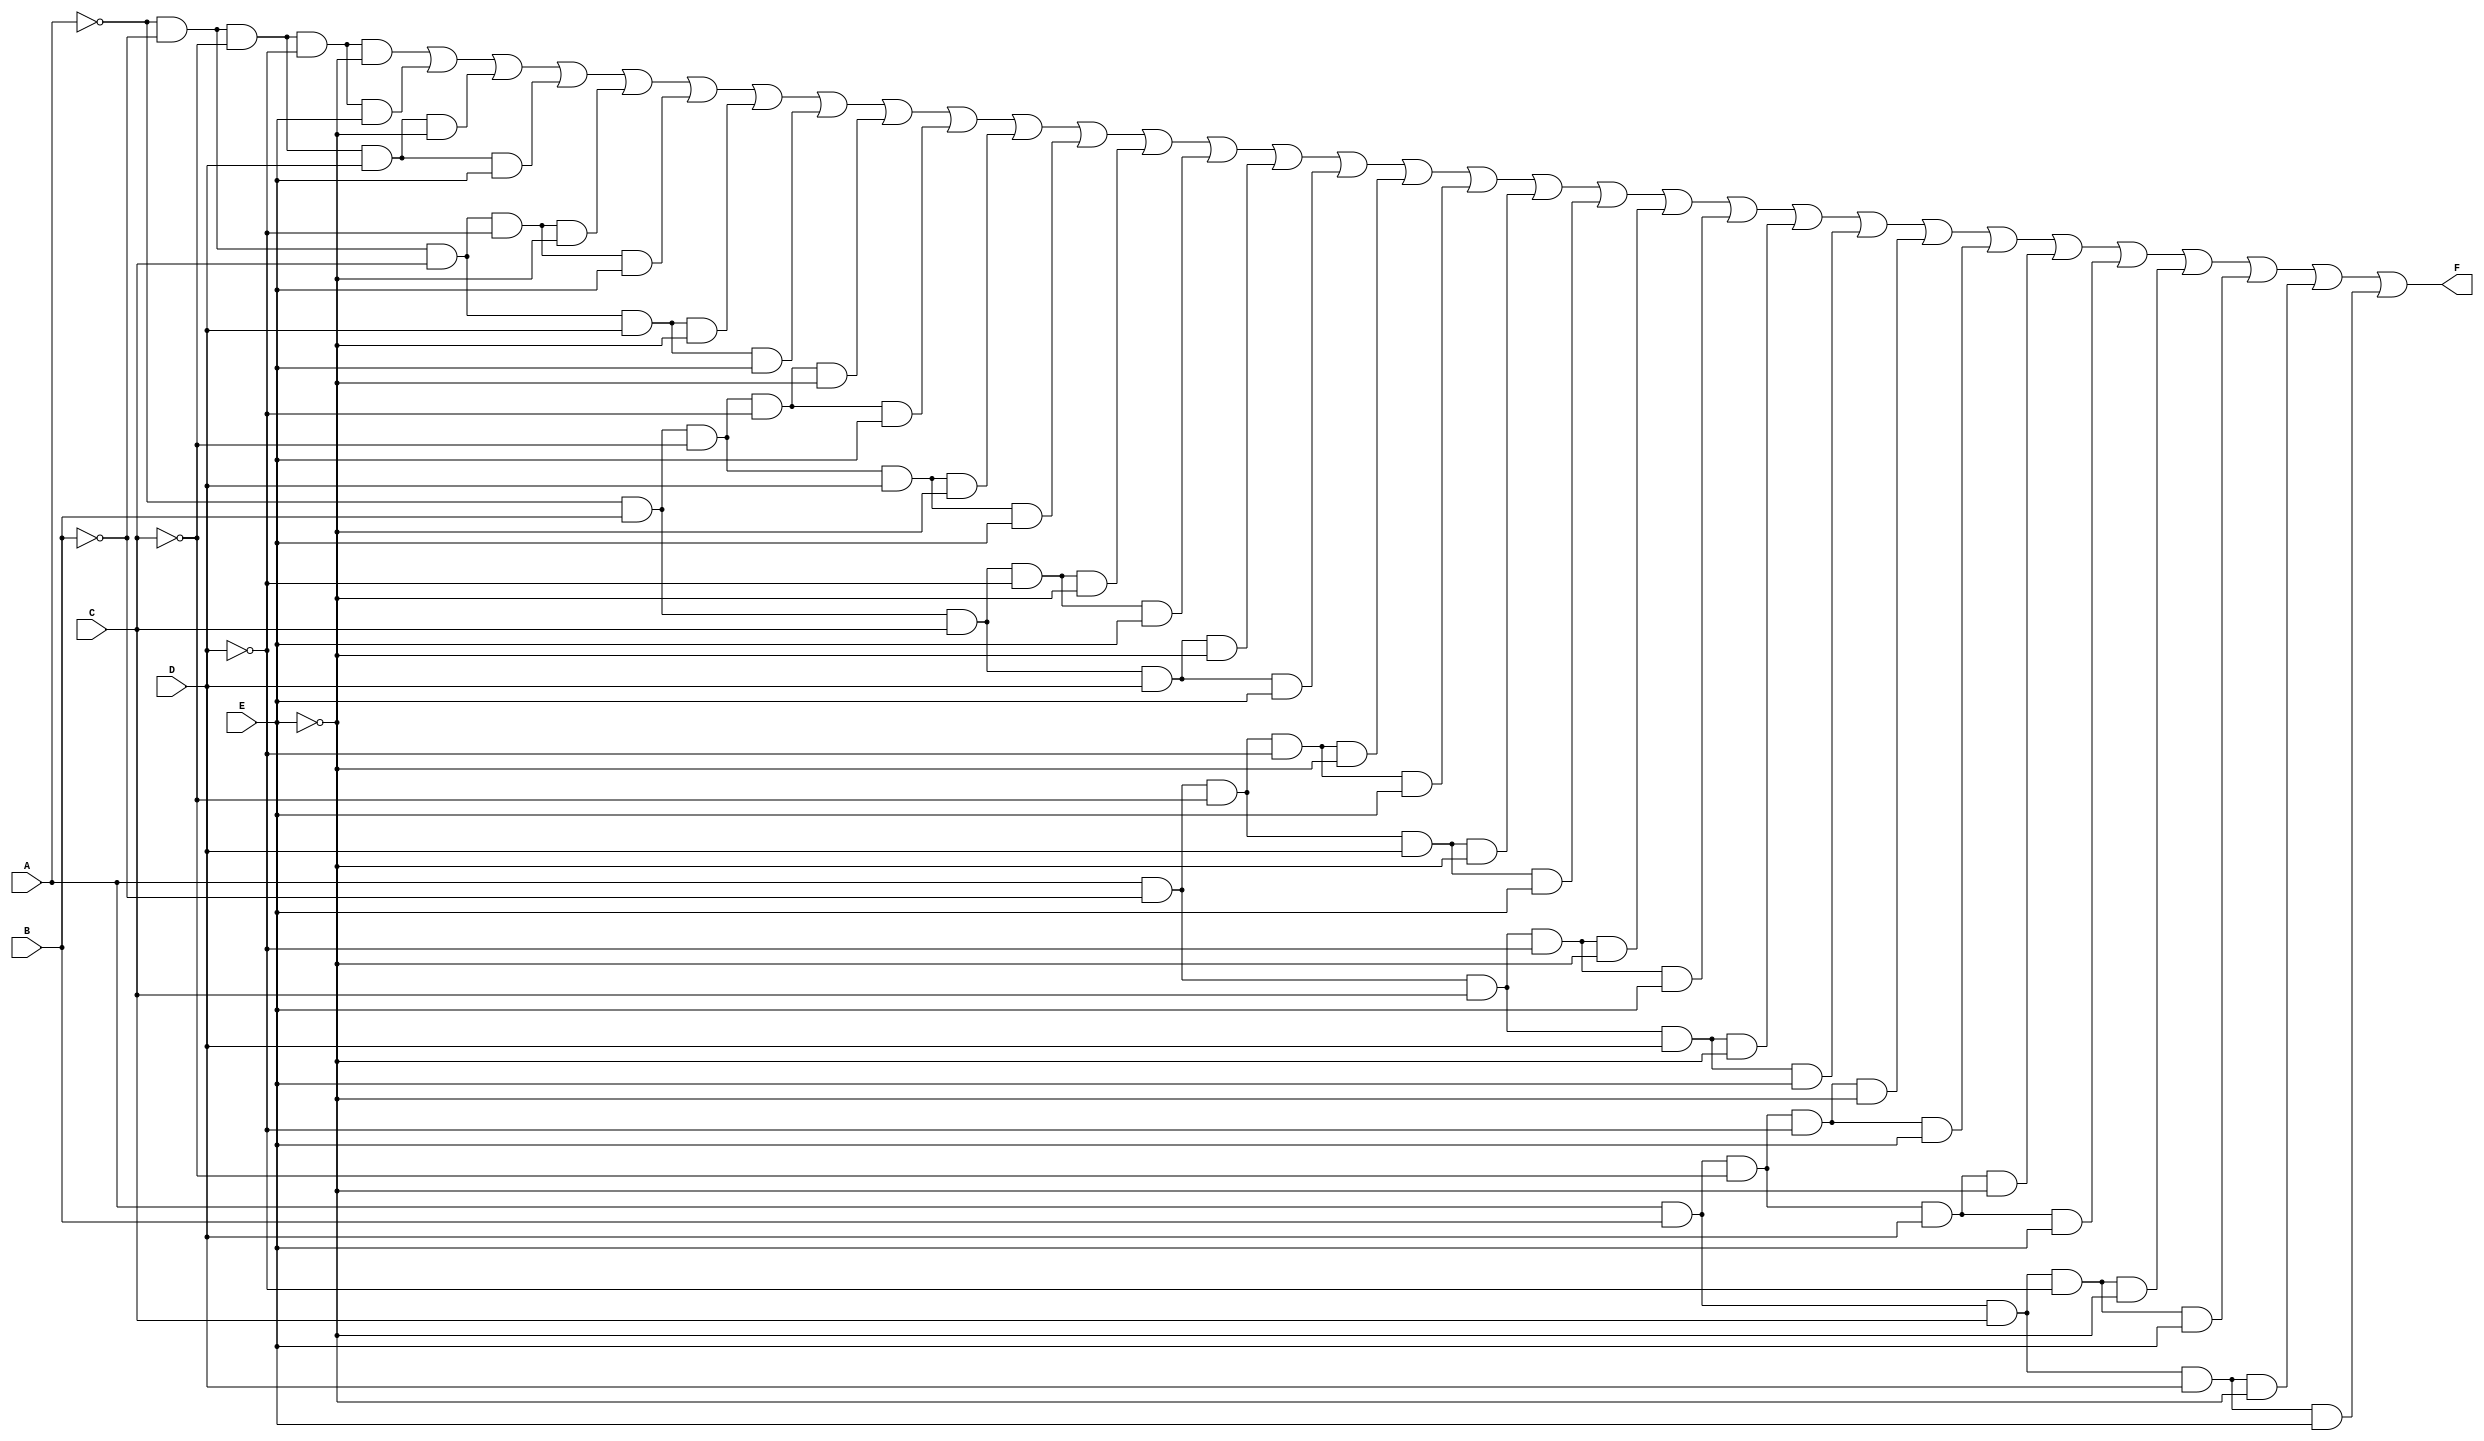
module five_variable_kmap (
    input wire A,  // 1st input variable
    input wire B,  // 2nd input variable
    input wire C,  // 3rd input variable
    input wire D,  // 4th input variable
    input wire E,  // 5th input variable
    output wire F  // Output
);
    // Internal wire to hold the result of the K-map simplification
    wire m0, m1, m2, m3, m4, m5, m6, m7;
    wire m8, m9, m10, m11, m12, m13, m14, m15;
    wire m16, m17, m18, m19, m20, m21, m22, m23;
    wire m24, m25, m26, m27, m28, m29, m30, m31;

    // Define minterms based on the K-map grouping
    assign m0 = ~A & ~B & ~C & ~D & ~E;  // 0
    assign m1 = ~A & ~B & ~C & ~D & E;   // 1
    assign m2 = ~A & ~B & ~C & D & ~E;   // 2
    assign m3 = ~A & ~B & ~C & D & E;    // 3
    assign m4 = ~A & ~B & C & ~D & ~E;   // 4
    assign m5 = ~A & ~B & C & ~D & E;    // 5
    assign m6 = ~A & ~B & C & D & ~E;    // 6
    assign m7 = ~A & ~B & C & D & E;     // 7
    // Continue defining minterms...
    assign m8  = ~A & B & ~C & ~D & ~E;  // 8
    assign m9  = ~A & B & ~C & ~D & E;   // 9
    assign m10 = ~A & B & ~C & D & ~E;   // 10
    assign m11 = ~A & B & ~C & D & E;    // 11
    assign m12 = ~A & B & C & ~D & ~E;   // 12
    assign m13 = ~A & B & C & ~D & E;    // 13
    assign m14 = ~A & B & C & D & ~E;    // 14
    assign m15 = ~A & B & C & D & E;     // 15
    assign m16 = A & ~B & ~C & ~D & ~E;  // 16
    assign m17 = A & ~B & ~C & ~D & E;   // 17
    assign m18 = A & ~B & ~C & D & ~E;   // 18
    assign m19 = A & ~B & ~C & D & E;    // 19
    assign m20 = A & ~B & C & ~D & ~E;   // 20
    assign m21 = A & ~B & C & ~D & E;    // 21
    assign m22 = A & ~B & C & D & ~E;    // 22
    assign m23 = A & ~B & C & D & E;     // 23
    assign m24 = A & B & ~C & ~D & ~E;   // 24
    assign m25 = A & B & ~C & ~D & E;    // 25
    assign m26 = A & B & ~C & D & ~E;    // 26
    assign m27 = A & B & ~C & D & E;     // 27
    assign m28 = A & B & C & ~D & ~E;    // 28
    assign m29 = A & B & C & ~D & E;     // 29
    assign m30 = A & B & C & D & ~E;     // 30
    assign m31 = A & B & C & D & E;      // 31

    // Combine minterms to derive the output F
    assign F = m0 | m1 | m2 | m3 | m4 | m5 | m6 | m7 |
               m8 | m9 | m10 | m11 | m12 | m13 | m14 | m15 |
               m16 | m17 | m18 | m19 | m20 | m21 | m22 | m23 |
               m24 | m25 | m26 | m27 | m28 | m29 | m30 | m31 ;

endmodule